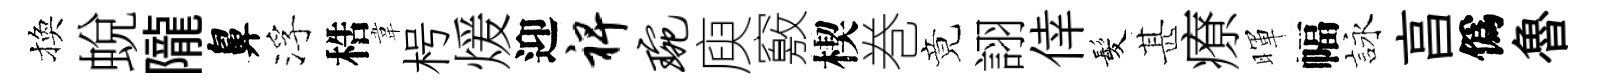
換蛻隴鼻浮梏韋枵煖迎裨琬庾竅楔巻竟詡倖髪甚療暉幅詠亯僞魯